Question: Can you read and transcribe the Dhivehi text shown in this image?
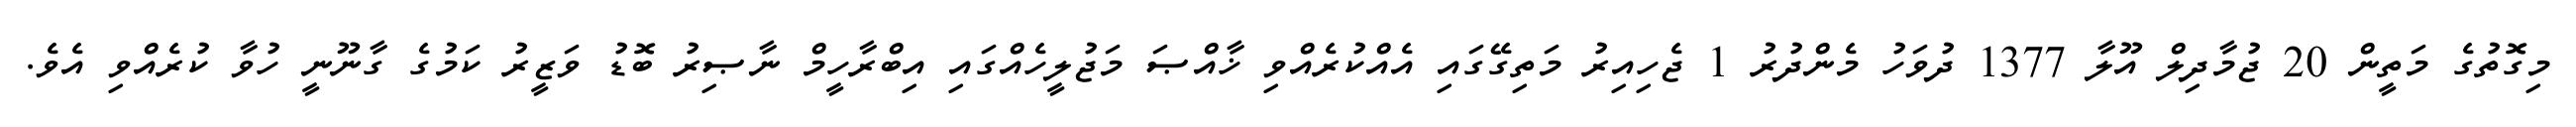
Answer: މިގޮތުގެ މަތީން 20 ޖުމާދިލް އޫލާ 1377 ދުވަހު މެންދުރު 1 ޖެހިއިރު މަތިގޭގައި އެއްކުރެއްވި ޚާއްޞަ މަޖުލީހެއްގައި އިބްރާހީމް ނާޞިރު ބޮޑު ވަޒީރު ކަމުގެ ގާނޫނީ ހުވާ ކުރެއްވި އެވެ.